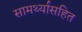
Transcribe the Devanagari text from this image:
सामर्थ्यासहित